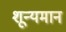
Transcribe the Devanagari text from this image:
शून्यमान